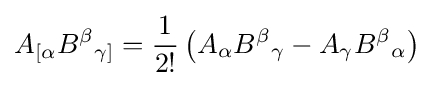
A_{[\alpha }B^{\beta }{}_{\gamma ]}={\dfrac {1}{2!}}\left(A_{\alpha }B^{\beta }{}_{\gamma }-A_{\gamma }B^{\beta }{}_{\alpha }\right)